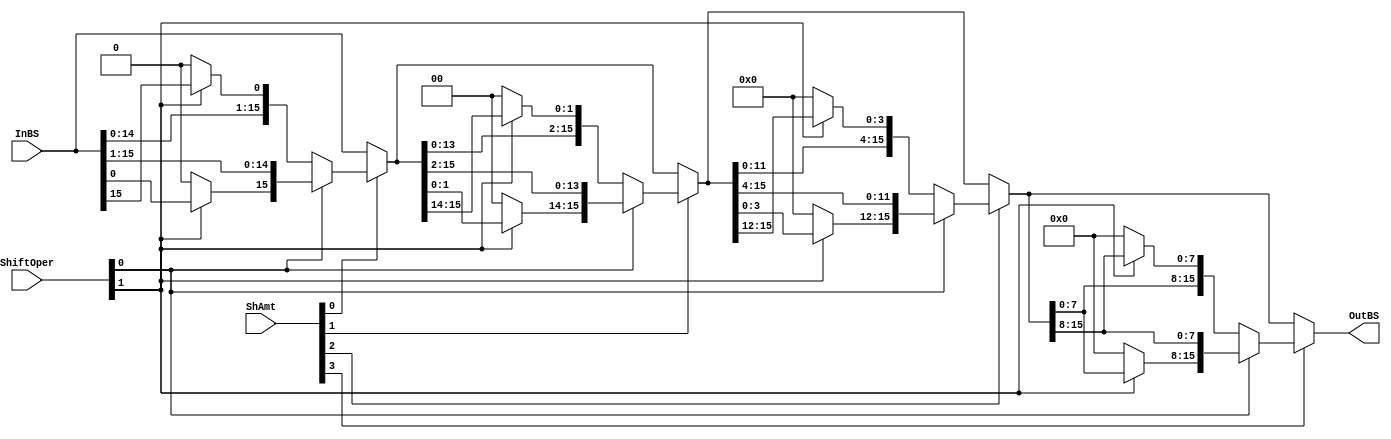
/*
    CS/ECE 552 Spring '23
    Homework #2, Problem 1
    
    A barrel shifter module.  It is designed to shift a number via rotate
    left, shift left, shift right arithmetic, or shift right logical based
    on the 'Oper' value that is passed in.  It uses these
    shifts to shift the value any number of bits.
 */
`default_nettype none
module shifter (InBS, ShAmt, ShiftOper, OutBS);

    // declare constant for size of inputs, outputs, and # bits to shift
    parameter OPERAND_WIDTH = 16;
    parameter SHAMT_WIDTH   =  4;
    parameter NUM_OPERATIONS = 2;

    input wire [OPERAND_WIDTH -1:0] InBS;  // Input operand
    input wire [SHAMT_WIDTH   -1:0] ShAmt; // Amount to shift/rotate
    input wire [NUM_OPERATIONS-1:0] ShiftOper;  // Operation type
    output wire [OPERAND_WIDTH -1:0] OutBS;  // Result of shift/rotate
	
	wire [SHAMT_WIDTH-1:0]shift;
	wire [OPERAND_WIDTH -1:0] shift1, shift2, shift4, shift8;
   /* YOUR CODE HERE */
	assign shift1 = (ShAmt[0]) ? 
			(ShiftOper[0])?
				{(ShiftOper[1])?InBS[0]:1'b0, InBS[OPERAND_WIDTH-1:1]}:
				{InBS[OPERAND_WIDTH-2:0], (ShiftOper[1])?InBS[OPERAND_WIDTH-1]:1'b0}
			:InBS;
	assign shift2 = (ShAmt[1]) ? 
			(ShiftOper[0])?
				{(ShiftOper[1])?shift1[1:0]:2'b00, shift1[OPERAND_WIDTH-1:2]}:
				{shift1[OPERAND_WIDTH-3:0], (ShiftOper[1])?shift1[OPERAND_WIDTH-1:OPERAND_WIDTH-2]:2'b00}
			:shift1;
	assign shift4 = (ShAmt[2]) ? 
			(ShiftOper[0])?
				{(ShiftOper[1])?shift2[3:0]:4'h0, shift2[OPERAND_WIDTH-1:4]}:
				{shift2[OPERAND_WIDTH-5:0], (ShiftOper[1])?shift2[OPERAND_WIDTH-1:OPERAND_WIDTH-4]:4'b0000}
			:shift2;
	assign shift8 = (ShAmt[3]) ? 
			(ShiftOper[0])?
				{(ShiftOper[1])?shift4[7:0]:8'h00, shift4[OPERAND_WIDTH-1:8]}:
				{shift4[OPERAND_WIDTH-9:0], (ShiftOper[1])?shift4[OPERAND_WIDTH-1:OPERAND_WIDTH-8]:8'b000}
			:shift4;
			
	assign OutBS = shift8;
   
endmodule
`default_nettype wire